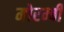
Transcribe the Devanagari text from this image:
मोरम्बी